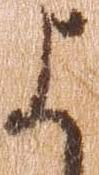
よ